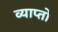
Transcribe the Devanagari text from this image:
व्याप्तो